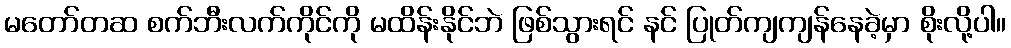
မတော်တဆ စက်ဘီးလက်ကိုင်ကို မထိန်းနိုင်ဘဲ ဖြစ်သွားရင် နင် ပြုတ်ကျကျန်နေခဲ့မှာ စိုးလို့ပါ။